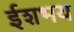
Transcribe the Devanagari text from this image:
ईशभय